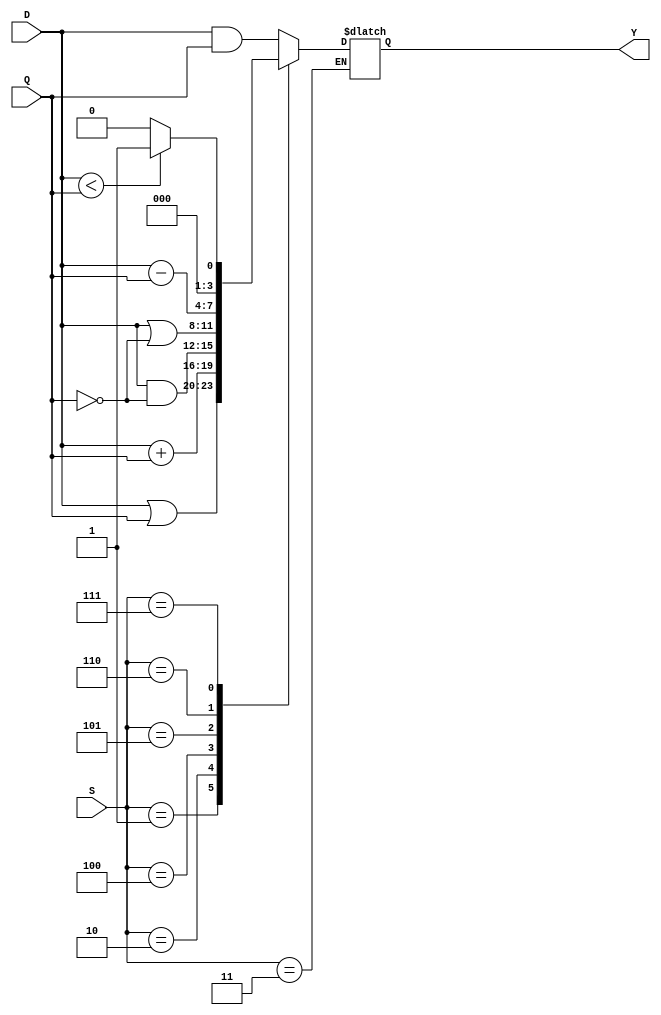
// Universidad del Valle de Guatemala
// Valerie Valdez

//                         Electrnica digital
//                            Laboratorio 8


// Mdulo del la ALU
module ALU(input wire [3:0]D, Q,
            input wire [2:0]S,
            output reg [3:0]Y);

    always @ (D, Q, S) begin //Registrar los cambios realizados en D o Q
      case (S)
        3'b000: Y <= D & Q ; // Funcin: D AND Q
        3'b001: Y <= D | Q ; // Funcin: D OR Q
        3'b010: Y <= D + Q ; // Funcin: D ADD Q

        3'b011: Y <= Y ; // Colocar el valor pervio

        3'b100: Y <= D & (~Q) ; // Funcin D AND ~Q
        3'b101: Y <= D | (~Q) ; // Funcin D OR ~Q
        3'b110: Y <= D - Q ; // Funcin D LESS Q
        3'b111: Y <= (D < Q) ? 1:0 ; // Funcin STL. (Comparacin entre D y Q, por lo que si D > Q = 0000, si D < Q = 0001)

      default: Y <= 4'b0000 ;// Todo en 0
    endcase
  end
endmodule